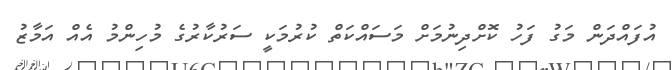
އުފައްދަން މަގު ފަހު ކޮށްދިނުމަށް މަސައްކަތް ކުރުމަކީ ސަރުކާރުގެ މުހިންމު އެއް އަމާޒު